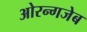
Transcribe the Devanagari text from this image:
ओरन्गजेब